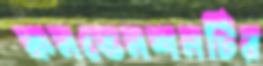
কনভেনশনটির